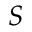
S